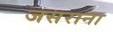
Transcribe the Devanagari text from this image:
जसराना